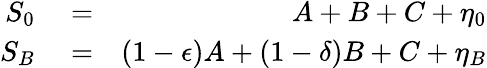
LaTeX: \begin{array}{rlr}{S_{0}}&{{}=}&{A+B+C+\eta_{0}}\\ {S_{B}}&{{}=}&{(1-\epsilon)A+(1-\delta)B+C+\eta_{B}}\end{array}